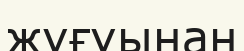
жұғуынан